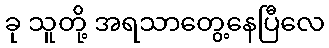
ခု သူတို့ အရသာတွေ့နေပြီလေ